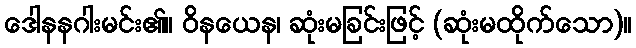
ဒေါနနဂါးမင်း၏။ ဝိနယေန၊ ဆုံးမခြင်းဖြင့် (ဆုံးမထိုက်သော)။